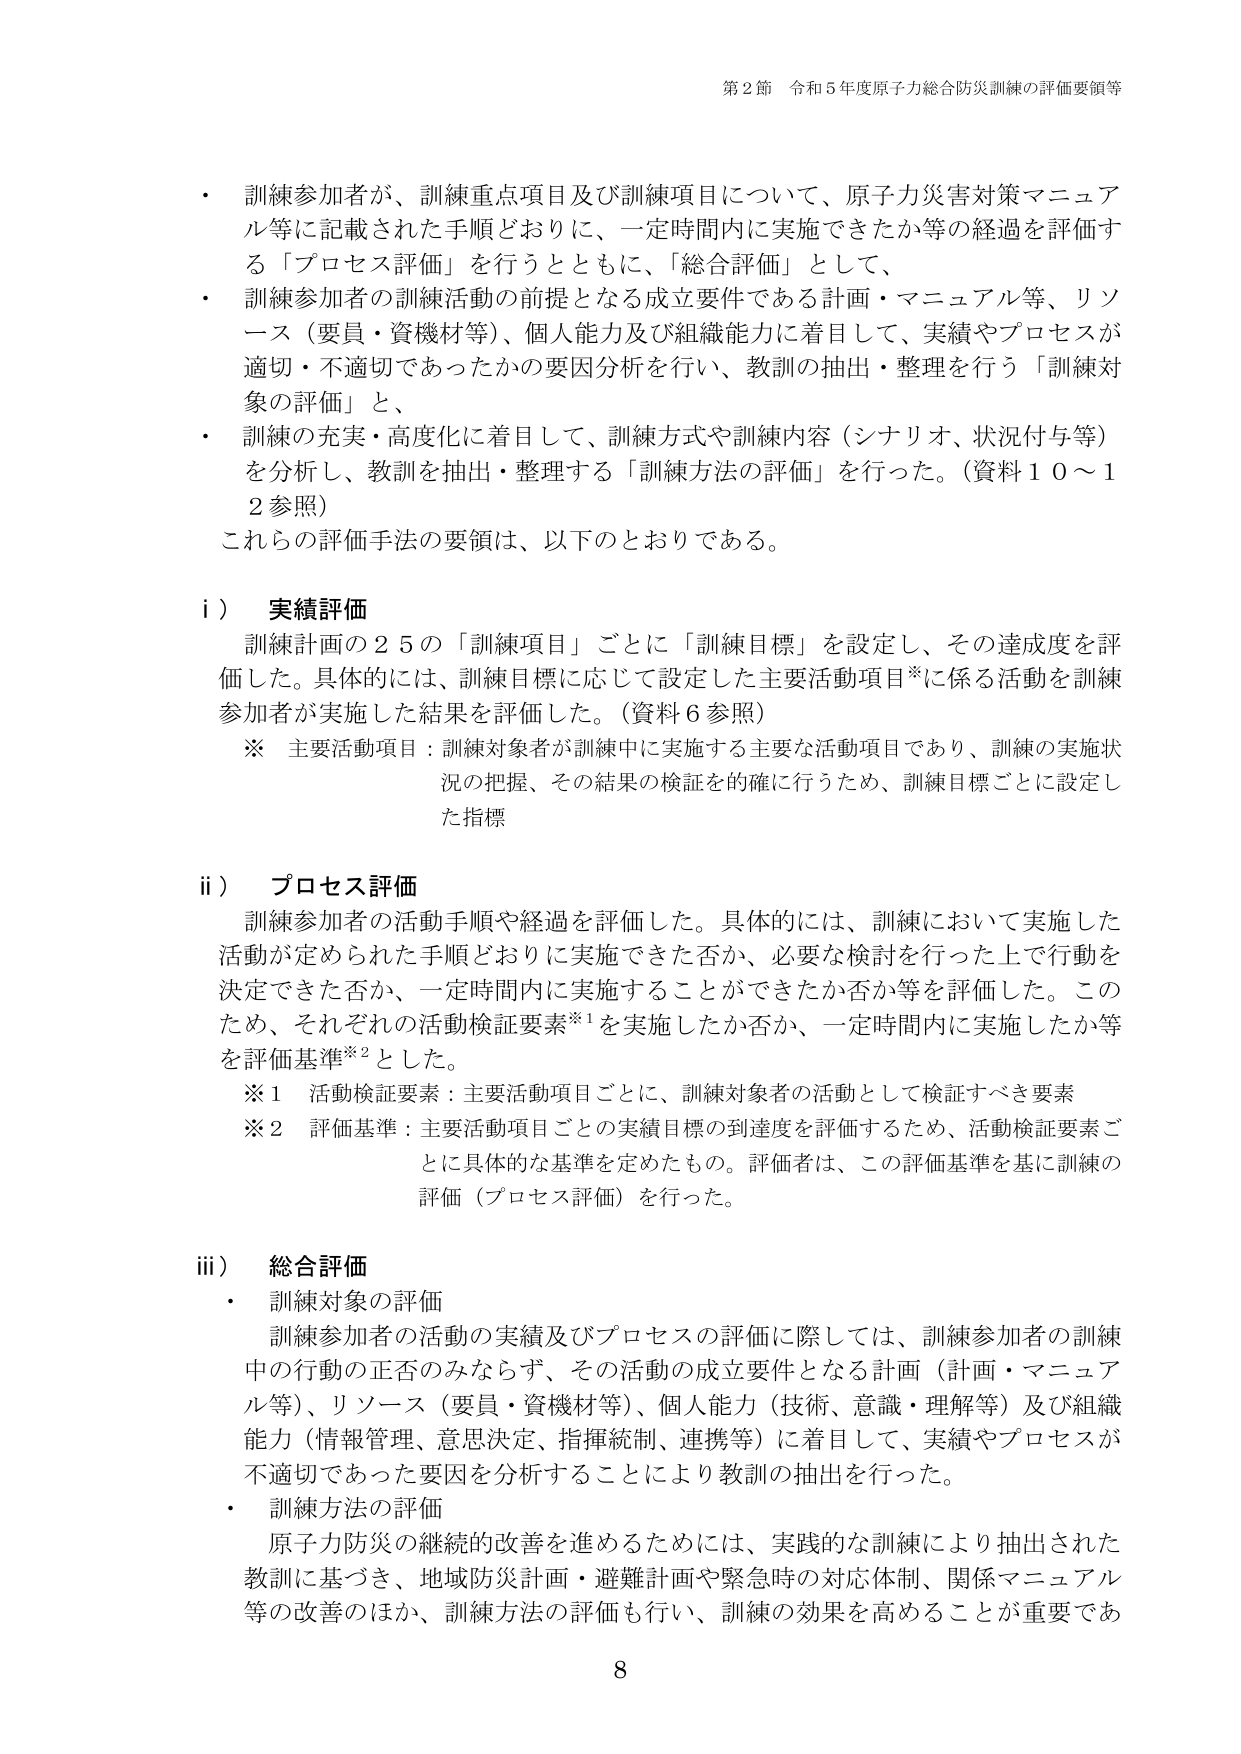
第2節 令和5年度原子力総合防災訓練の評価要領等

・ 訓練参加者が、訓練重点項目及び訓練項目について、原子力災害対策マニュアル等に記載された手順どおりに、一定時間内に実施できたか等の経過を評価する「プロセス評価」を行うとともに、「総合評価」として、
・ 訓練参加者の訓練活動の前提となる成立要件である計画・マニュアル等、リソース（要員・資機材等）、個人能力及び組織能力に着目して、実績やプロセスが適切・不適切であったかの要因分析を行い、教訓の抽出・整理を行う「訓練対象の評価」と、
・ 訓練の充実・高度化に着目して、訓練方式や訓練内容（シナリオ、状況付与等）を分析し、教訓を抽出・整理する「訓練方法の評価」を行った。（資料10～12参照）

これらの評価手法の要領は、以下のとおりである。

i） 実績評価
訓練計画の25の「訓練項目」ごとに「訓練目標」を設定し、その達成度を評価した。具体的には、訓練目標に応じて設定した主要活動項目※に係る活動を訓練参加者が実施した結果を評価した。（資料6参照）

※ 主要活動項目：訓練対象者が訓練中に実施する主要な活動項目であり、訓練の実施状況の把握、その結果の検証を的確に行うため、訓練目標ごとに設定した指標

ii） プロセス評価
訓練参加者の活動手順や経過を評価した。具体的には、訓練において実施した活動が定められた手順どおりに実施できた否か、必要な検討を行った上で行動を決定できた否か、一定時間内に実施することができたか否か等を評価した。このため、それぞれの活動検証要素※1を実施したか否か、一定時間内に実施したか等を評価基準※2とした。

※1 活動検証要素：主要活動項目ごとに、訓練対象者の活動として検証すべき要素
※2 評価基準：主要活動項目ごとの実績目標の到達度を評価するため、活動検証要素ごとに具体的な基準を定めたもの。評価者は、この評価基準を基に訓練の評価（プロセス評価）を行った。

iii） 総合評価
・ 訓練対象の評価
訓練参加者の活動の実績及びプロセスの評価に際しては、訓練参加者の訓練中の行動の正否のみならず、その活動の成立要件となる計画（計画・マニュアル等）、リソース（要員・資機材等）、個人能力（技術、意識・理解等）及び組織能力（情報管理、意思決定、指揮統制、連携等）に着目して、実績やプロセスが不適切であった要因を分析することにより教訓の抽出を行った。
・ 訓練方法の評価
原子力防災の継続的改善を進めるためには、実践的な訓練により抽出された教訓に基づき、地域防災計画・避難計画や緊急時の対応体制、関係マニュアル等の改善のほか、訓練方法の評価も行い、訓練の効果を高めることが重要であ

8